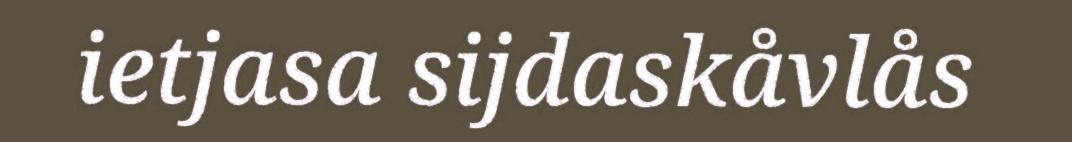
ietjasa sijdaskåvlås